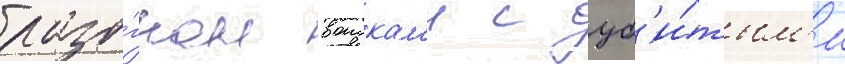
разо́гнан воискам'и с уб'и́тым'и